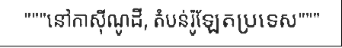
"""នៅកាស៊ីណូដី, តំបន់រ៉ូឡែតប្រទេស"""